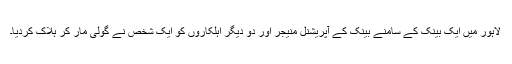
لاہور میں ایک بینک کے سامنے بینک کے آپریشنل منیجر اور دو دیگر اہلکاروں کو ایک شخص نے گولی مار کر ہلاک کردیا۔